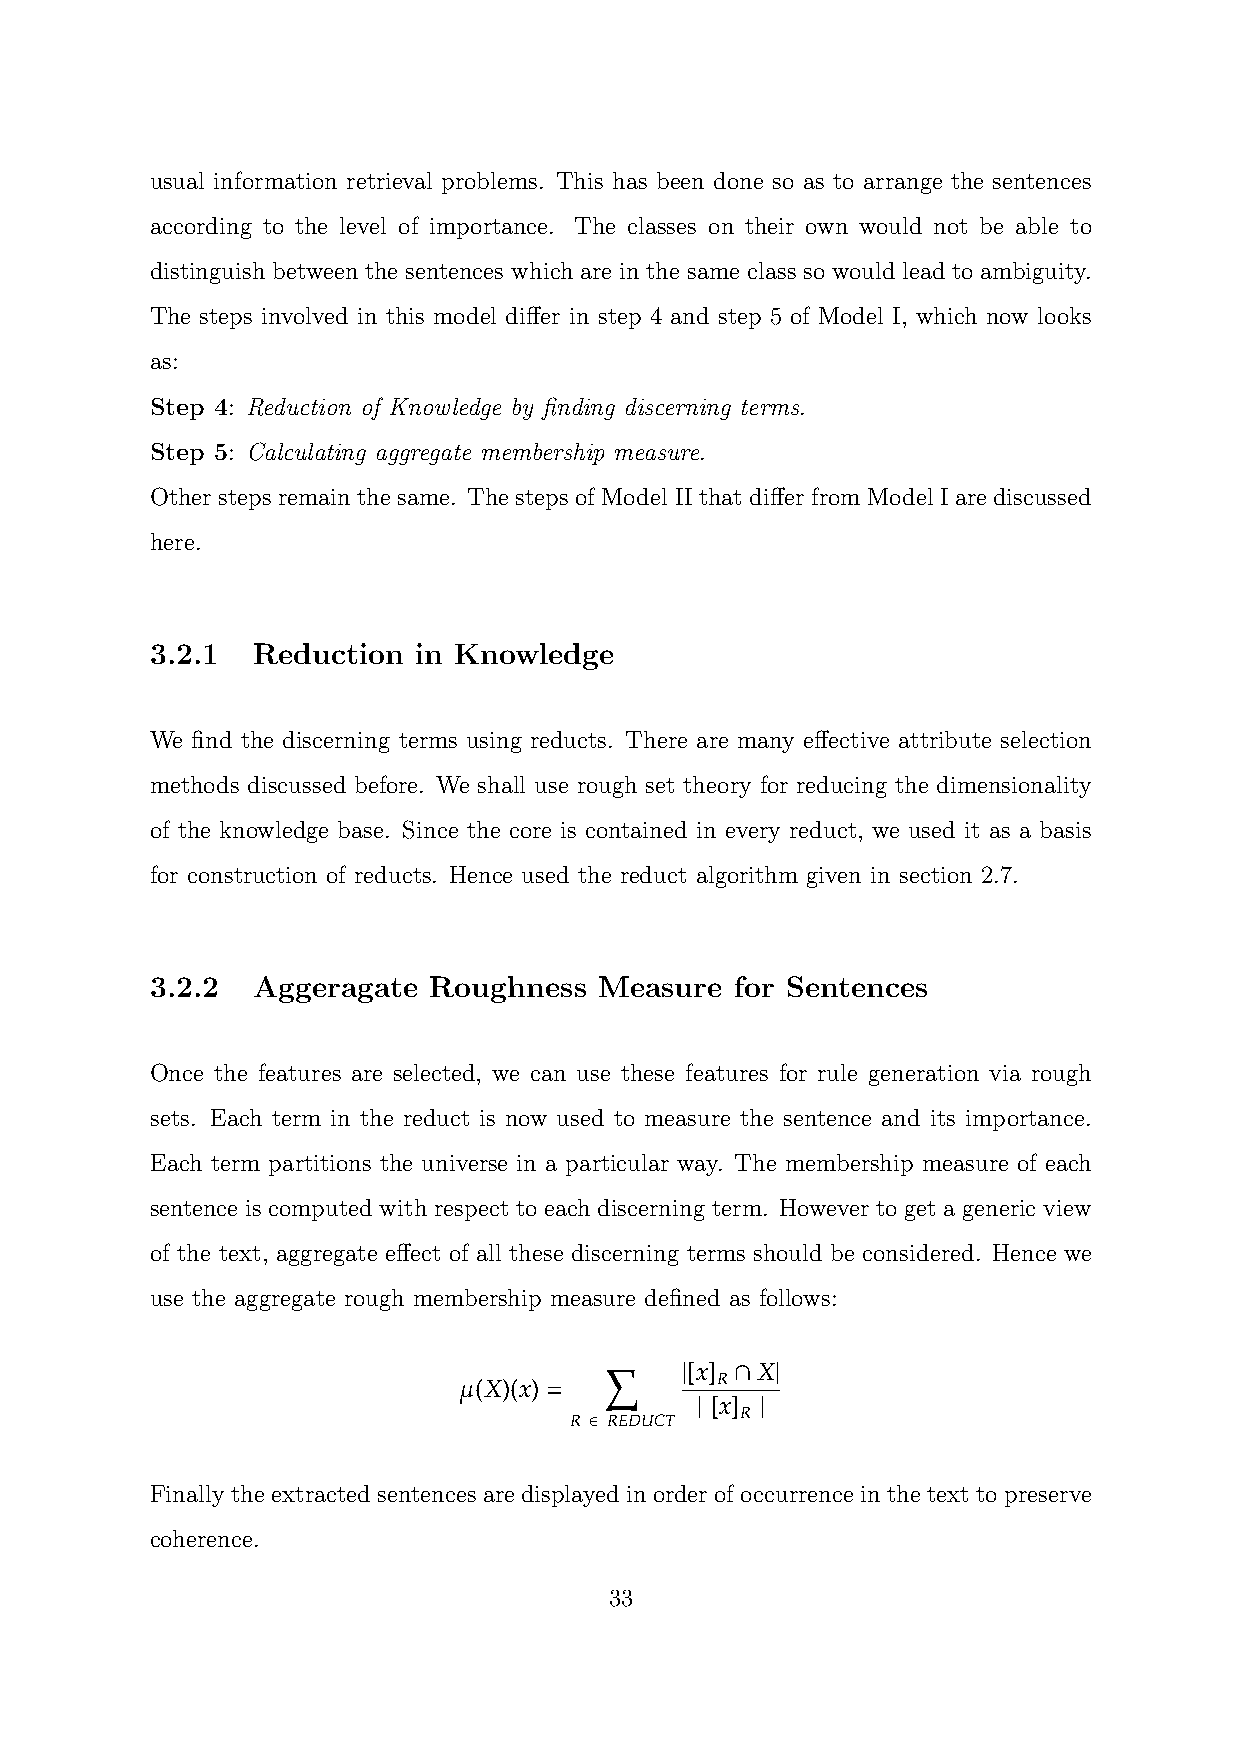
usual information retrieval problems. This has been done so as to arrange the sentences
 according to the level of importance. The classes on their own would not be able to
 distinguish between the sentences which are in the same class so would lead to ambiguity.
 The steps involved in this model differ in step 4 and step 5 of Model I, which now looks
 as:
 Step 4: Reduction of Knowledge by finding discerning terms.
 Step 5: Calculating aggregate membership measure.
 Other steps remain the same. The steps of Model II that differ from Model I are discussed
 here.
 3.2.1  Reduction in Knowledge
 We find the discerning terms using reducts. There are many effective attribute selection
 methods discussed before. We shall use rough set theory for reducing the dimensionality
 of the knowledge base. Since the core is contained in every reduct, we used it as a basis
 for construction of reducts. Hence used the reduct algorithm given in section 2.7.
 3.2.2  Aggeragate Roughness   Measure  for Sentences
 Once the features are selected, we can use these features for rule generation via rough
 sets. Each term in the reduct is now used to measure the sentence and its importance.
 Each term partitions the universe in a particular way. The membership measure of each
 sentence is computed with respect to each discerning term. However to get a generic view
 of the text, aggregate effect of all these discerning terms should be considered. Hence we
 use the aggregate rough membership measure defined as follows:
 X    | [x] ∩ X|
 µ     =          R
 (X)(x)
 |   |
 [x]
 R ∈ REDUCT R
 Finally the extracted sentences are displayed in order of occurrence in the text to preserve
 coherence.
 33